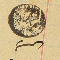
رىس سليم باز ١٨٨٣